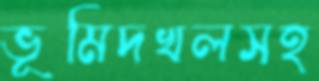
ভূমিদখলসহ